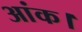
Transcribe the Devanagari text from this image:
आंक।